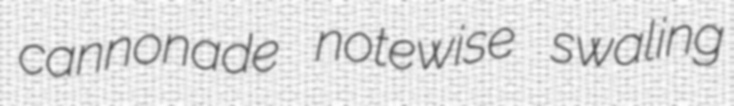
cannonade notewise swaling